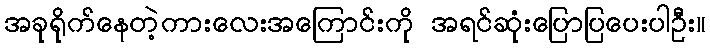
အခုရိုက်နေတဲ့ကားလေးအကြောင်းကို အရင်ဆုံးပြောပြပေးပါဦး။